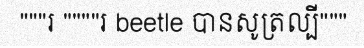
"""រ """"រ beetle បានសូត្រល្បី"""